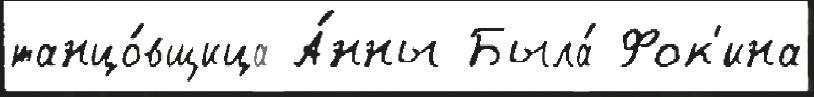
танцо́вщица А́нны Была́ Фок'ина